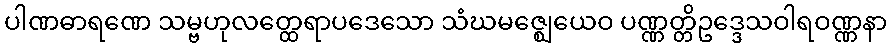
ပါဏဓာရဏေ သမ္ဗဟုလတ္ထေရာပဒေသော သံဃမဇ္ဈေယေဝ ပဏ္ဏတ္တိဥဒ္ဒေသဝါရဝဏ္ဏနာ